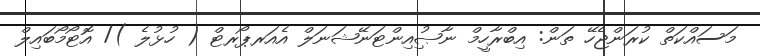
މަސައްކަތް ކުރަންޖެހޭ ތަން: އިބްރާހީމް ނާޞުިއިންޓަނޭޝަނަލް އެއަރޕޯރޓް ( ހުޅުލެ )/ އޮޓޯމޯބައިލް